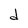
Character: d